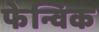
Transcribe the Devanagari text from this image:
फेन्विक